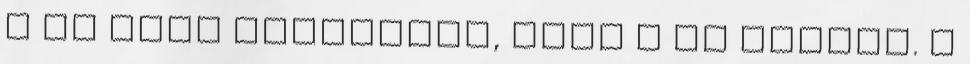
a mi négy gyerekünk, mint a te kettőd. A